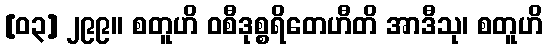
[၀၃] ၂၉၉။ စတူဟိ ဝစီဒုစ္စရိတေဟီတိ အာဒီသု၊ စတူဟိ